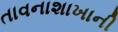
તાવનાશાખાની